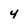
Character: 4